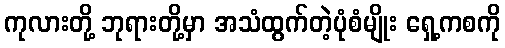
ကုလားတို့ ဘုရားတို့မှာ အသံထွက်တဲ့ပုံစံမျိုး ရှေ့ကစကို